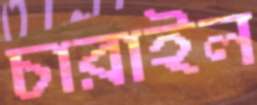
চারাইল